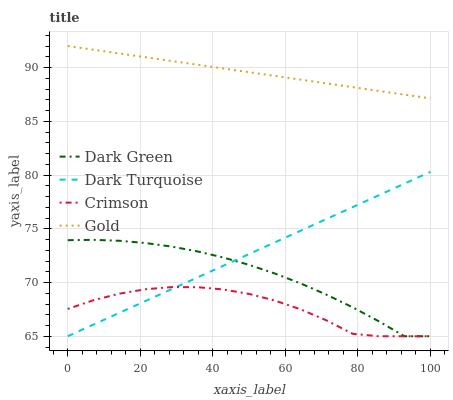
| xaxis_label | Dark Green | Dark Turquoise | Crimson | Gold |
 | --- | --- | --- | --- | --- |
 | 0 | 73.9 | 65 | 67.5 | 92 |
 | 7.14 | 74 | 66.1 | 68.4 | 91.7 |
 | 14.3 | 73.9 | 67.2 | 69 | 91.3 |
 | 21.4 | 73.7 | 68.3 | 69.4 | 91 |
 | 28.6 | 73.3 | 69.4 | 69.6 | 90.6 |
 | 35.7 | 72.9 | 70.5 | 69.6 | 90.3 |
 | 42.9 | 72.3 | 71.6 | 69.4 | 89.9 |
 | 50 | 71.6 | 72.6 | 68.9 | 89.6 |
 | 57.1 | 70.8 | 73.7 | 68.3 | 89.2 |
 | 64.3 | 69.9 | 74.8 | 67.5 | 88.9 |
 | 71.4 | 68.9 | 75.9 | 66.5 | 88.5 |
 | 78.6 | 67.7 | 77 | 65.2 | 88.2 |
 | 85.7 | 66.4 | 78.1 | 65 | 87.8 |
 | 92.9 | 65 | 79.2 | 65 | 87.5 |
 | 100 | 65 | 80.3 | 65 | 87.1 |